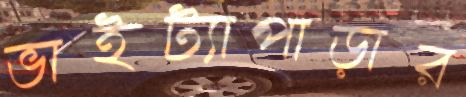
ভাইট্যাপাড়ার